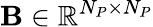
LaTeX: \mathbf{B}\in\mathbb{R}^{N_{P}\times N_{P}}